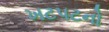
ખટપટનો